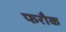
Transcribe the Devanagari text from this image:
फरौक